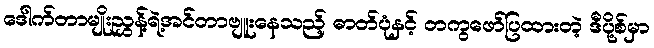
ဒေါက်တာမျိုးညွှန့်ရဲ့အင်တာဗျူးနေသည့် ဓာတ်ပုံနှင့် တကွဖော်ပြထားတဲ့ ဒီပို့စ်မှာ